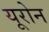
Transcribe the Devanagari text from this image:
यूरोन